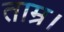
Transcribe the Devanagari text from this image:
ताम्र।